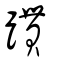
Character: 躀